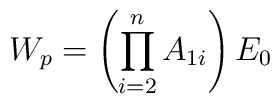
W_p =  \left( \prod_{i=2}^n A_{1i} \right)  E_0